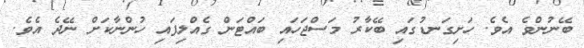
ބޭނުންވެ އެވެ. ހަށިގަނޑުގައި ބޭކާރު މަސްޖަހައި ބައްޓަން ގެއްލިފައި ހުންނާކަށް ނޭދެ އެވެ.